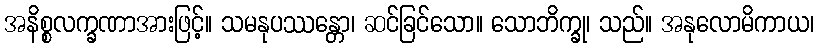
အနိစ္စလက္ခဏာအားဖြင့်။ သမနုပဿန္တော၊ ဆင်ခြင်သော။ သောဘိက္ခု၊ သည်။ အနုလောမိကာယ၊